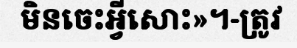
មិនចេះអ្វីសោះ»។-ត្រូវ